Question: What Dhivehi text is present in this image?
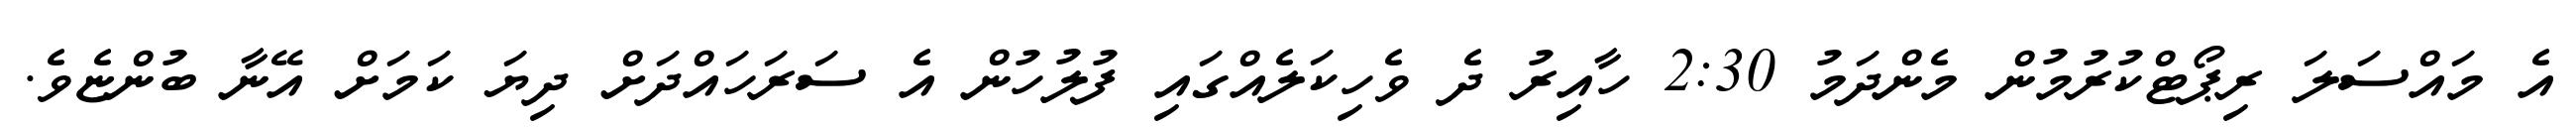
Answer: އެ މައްސަލަ ރިޕޯޓްކުރުމުން މެންދަމު 2:30 ހާއިރު ދެ ވެހިކަލެއްގައި ފުލުހުން އެ ސަރަހައްދަށް ދިޔަ ކަމަށް އޭނާ ބުންޏެވެ.